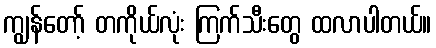
ကျွန်တော့် တကိုယ်လုံး ကြက်သီးတွေ ထလာပါတယ်။